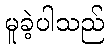
မူခဲ့ပါသည်